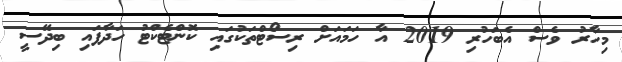
މިހާރު ވެސް އެބަހުރި 2019 އާ ހަމައަށް ރިސޯޓްތަކުގައި ކޮންޓެކްޓު ހަދާފައި ބިދޭސީ